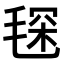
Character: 𣮓